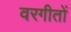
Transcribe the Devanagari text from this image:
वरगीतों